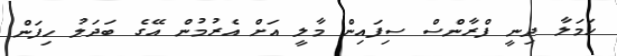
ހަމަލާ ދިނީ ފްރާންސް ސިފައިން މާލީ އަށް އެރުމުން އޭގެ ބަދަލު ހިފަން